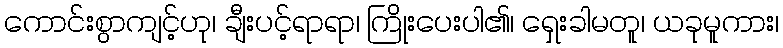
ကောင်းစွာကျင့်ဟု၊ ချီးပင့်ရာရာ၊ ကြိုးပေးပါ၏၊ ရှေးခါမတူ၊ ယခုမူကား၊